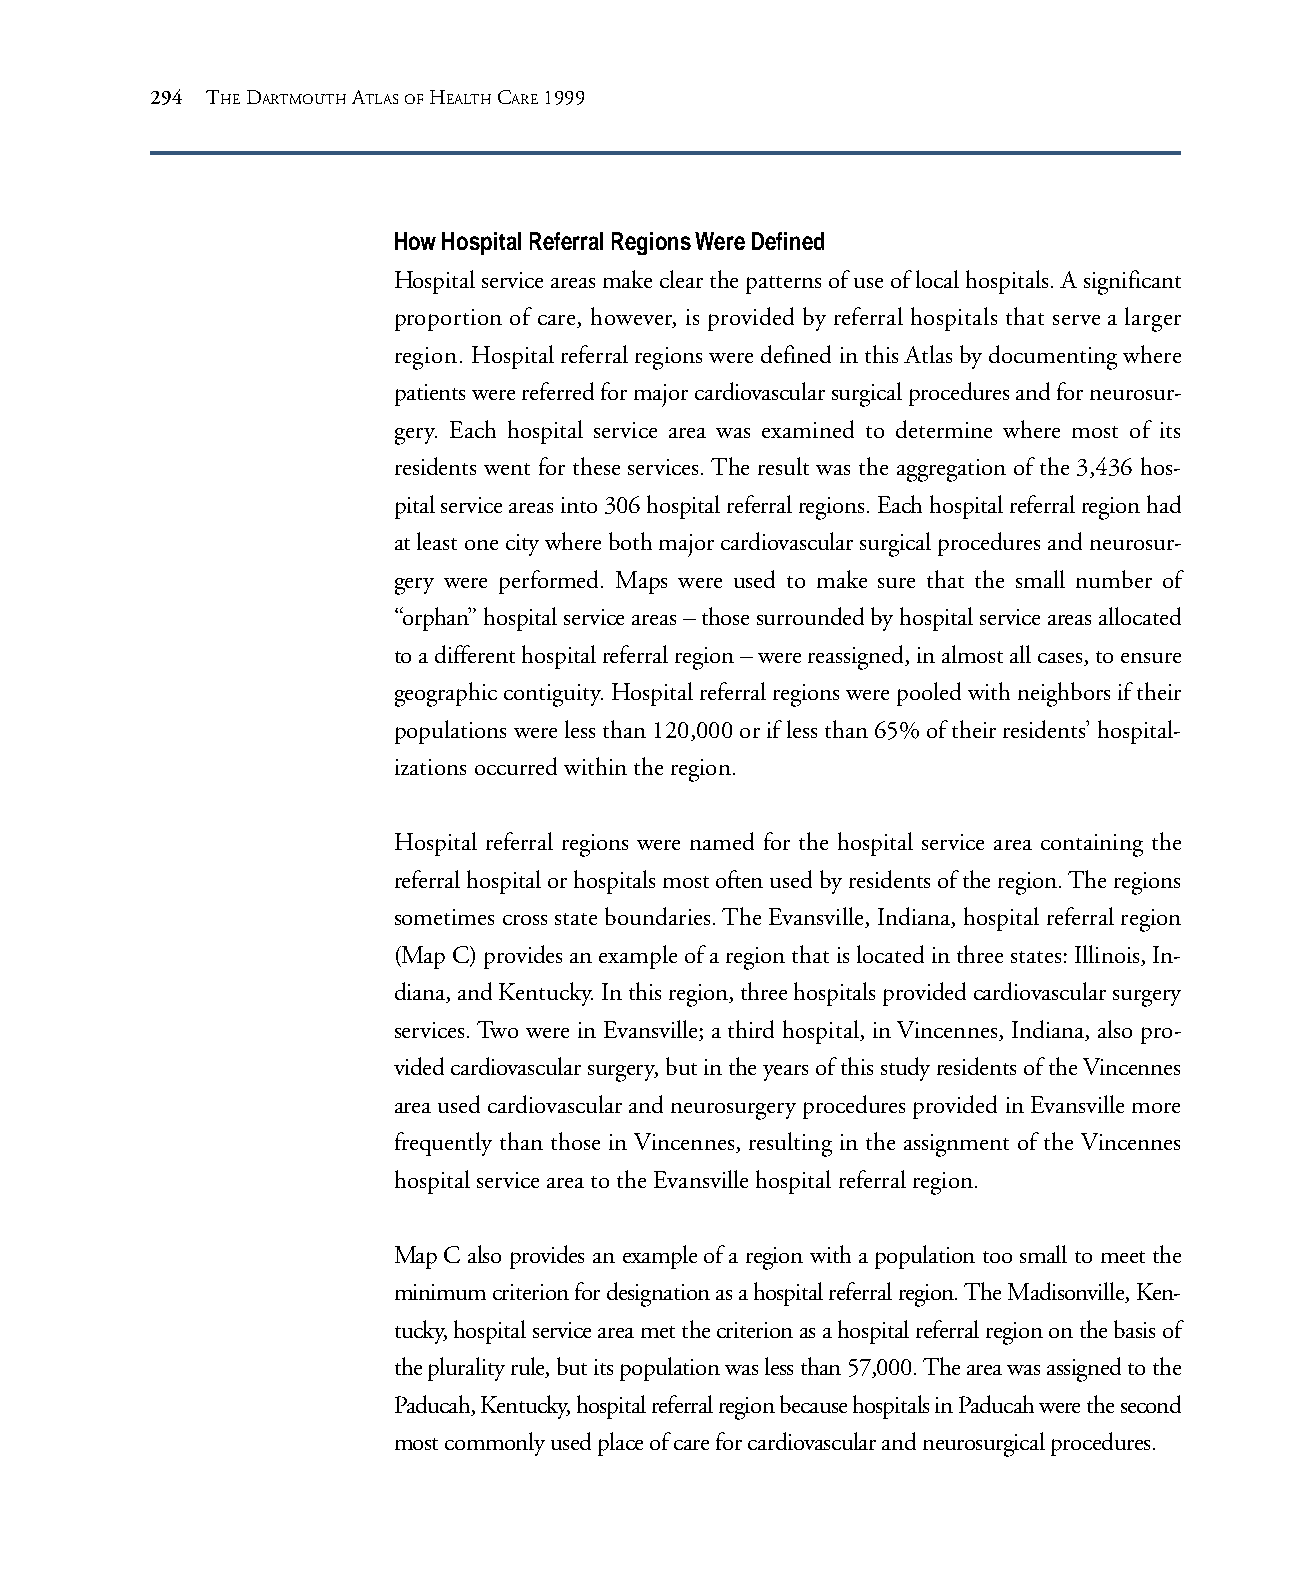
294 THE DARTMOUTH ATLAS OF HEALTH CARE 1999
 How Hospital Referral Regions Were Defined
 Hospital service areas make clear the patterns of use of local hospitals. A significant
 proportion of care, however, is provided by referral hospitals that serve a larger
 region. Hospital referral regions were defined in this Atlas by documenting where
 patients were referred for major cardiovascular surgical procedures and for neurosur-
 gery. Each hospital service area was examined to determine where most of its
 residents went for these services. The result was the aggregation of the 3,436 hos-
 pital service areas into 306 hospital referral regions. Each hospital referral region had
 at least one city where both major cardiovascular surgical procedures and neurosur-
 gery were performed. Maps were used to make sure that the small number of
 “orphan” hospital service areas – those surrounded by hospital service areas allocated
 to a different hospital referral region – were reassigned, in almost all cases, to ensure
 geographic contiguity. Hospital referral regions were pooled with neighbors if their
 populations were less than 120,000 or if less than 65% of their residents’ hospital-
 izations occurred within the region.
 Hospital referral regions were named for the hospital service area containing the
 referral hospital or hospitals most often used by residents of the region. The regions
 sometimes cross state boundaries. The Evansville, Indiana, hospital referral region
 (Map C) provides an example of a region that is located in three states: Illinois, In-
 diana, and Kentucky. In this region, three hospitals provided cardiovascular surgery
 services. Two were in Evansville; a third hospital, in Vincennes, Indiana, also pro-
 vided cardiovascular surgery, but in the years of this study residents of the Vincennes
 area used cardiovascular and neurosurgery procedures provided in Evansville more
 frequently than those in Vincennes, resulting in the assignment of the Vincennes
 hospital service area to the Evansville hospital referral region.
 Map C also provides an example of a region with a population too small to meet the
 minimum criterion for designation as a hospital referral region. The Madisonville, Ken-
 tucky, hospital service area met the criterion as a hospital referral region on the basis of
 the plurality rule, but its population was less than 57,000. The area was assigned to the
 Paducah, Kentucky, hospital referral region because hospitals in Paducah were the second
 most commonly used place of care for cardiovascular and neurosurgical procedures.